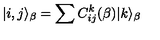
| i , j \rangle _ { \beta } = \sum C _ { i j } ^ { k } ( { \beta } ) | k \rangle _ { \beta }